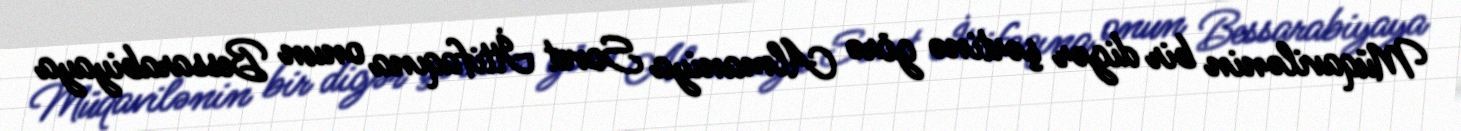
Müqavilənin bir digər şərtinə görə Almaniya Sovet İttifaqına onun Bessarabiyaya